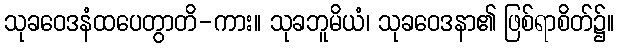
သုခဝေဒနံထပေတွာတိ-ကား။ သုခဘူမိယံ၊ သုခဝေဒနာ၏ ဖြစ်ရာစိတ်၌။